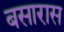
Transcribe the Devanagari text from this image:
बसारास